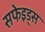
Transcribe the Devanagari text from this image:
सफेइड्स